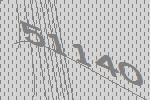
51140